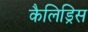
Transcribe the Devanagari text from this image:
कैलिड्रिस